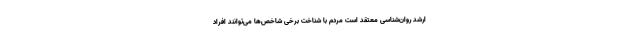
ارشد روان‌شناسی معتقد است مردم با شناخت برخی شاخص‌ها می‌توانند افراد